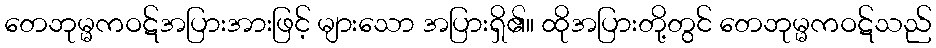
တေဘုမ္မကဝဋ်အပြားအားဖြင့် များသော အပြားရှိ၏။ ထိုအပြားတို့တွင် တေဘုမ္မကဝဋ်သည်